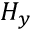
H _ { y }